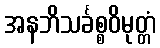
အနဘိသင်္ခစ္စဝိမုတ္တံ